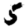
Digit: 5